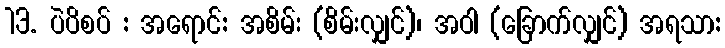
13. ပဲပိစပ် : အရောင်: အစိမ်း (စိမ်းလျှင်)၊ အဝါ (ခြောက်လျှင်) အရသာ: